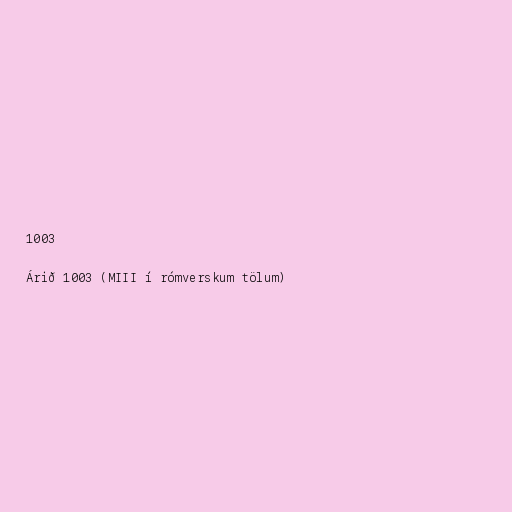
1003

Árið 1003 (MIII í rómverskum tölum)